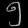
Digit: ၅